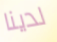
لدينا